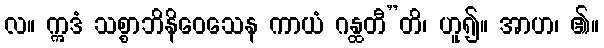
လ။ ဣဒံ သစ္စာဘိနိဝေသေန ကာယံ ဂန္ထတီ”တိ၊ ဟူ၍။ အာဟ၊ ၏။